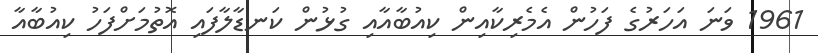
1961 ވަނަ އަހަރުގެ ފަހުން އެމެރިކާއިން ކިއުބާއާއި ގުޅުން ކަނޑާލާފައި އޮތުމަށްފަހު ކިއުބާއާ